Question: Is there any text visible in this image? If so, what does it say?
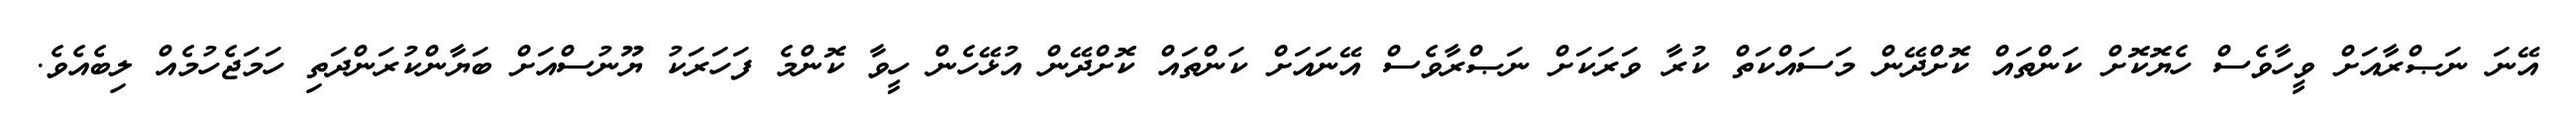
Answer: އޭނަ ނަޞްރާއަށް ވީހާވެސް ހެޔޮކޮށް ކަންތައް ކޮށްދޭން މަސައްކަތް ކުރާ ވަރަކަށް ނަޞްރާވެސް އޭނައަށް ކަންތައް ކޮށްދޭން އުޅޭހެން ހީވާ ކޮންމެ ފަހަރަކު ޔޫނުސްއަށް ބަޔާންކުރަންދަތި ހަމަޖެހުމެއް ލިބެއެވެ.